Civil Veterinary Dept. Bombay admin report 1923-31 - 1923-1931
Year: 1923
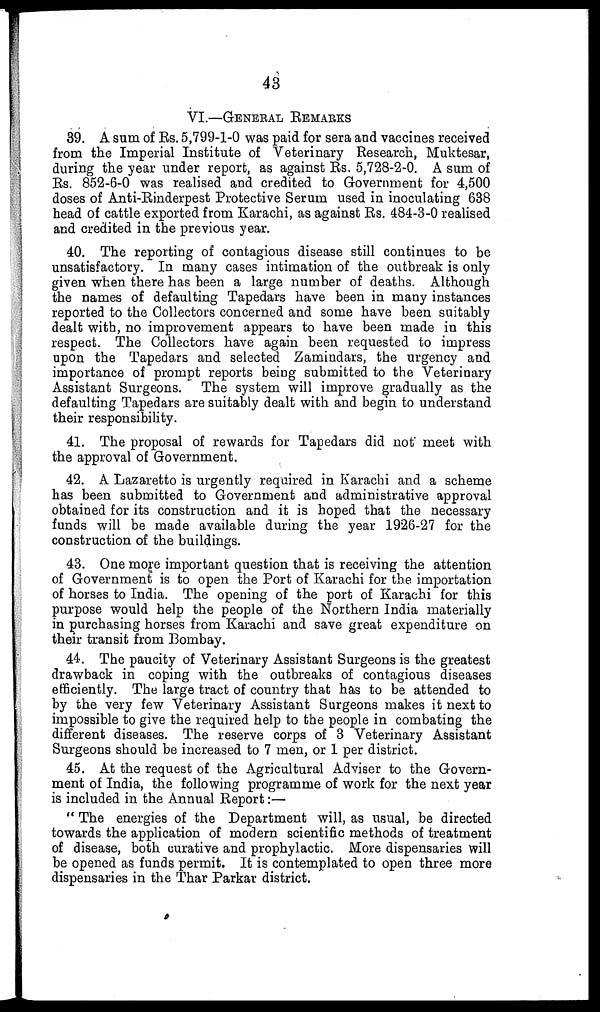
43
VI.—GENERAL REMARKS
39. A sum of Rs. 5,799-1-0 was paid for sera and vaccines received
from the Imperial Institute of Veterinary Research, Muktesar,
during the year under report, as against Rs. 5,728-2-0. A sum of
Rs. 852-6-0 was realised and credited to Government for 4,500
doses of Anti-Rinderpest Protective Serum used in inoculating 638
head of cattle exported from Karachi, as against Rs. 484-3-0 realised
and credited in the previous year.
40. The reporting of contagious disease still continues to be
unsatisfactory. In many cases intimation of the outbreak is only
given when there has been a large number of deaths. Although
the names of defaulting Tapedars have been in many instances
reported to the Collectors concerned and some have been suitably
dealt with, no improvement appears to have been made in this
respect. The Collectors have again been requested to impress
upon the Tapedars and selected Zamindars, the urgency and
importance of prompt reports being submitted to the Veterinary
Assistant Surgeons. The system will improve gradually as the
defaulting Tapedars are suitably dealt with and begin to understand
their responsibility.
41. The proposal of rewards for Tapedars did not* meet with
the approval of Government.
42. A Lazaretto is urgently required in Karachi and a scheme
has been submitted to Government and administrative approval
obtained for its construction and it is hoped that the necessary
funds will be made available during the year 1926-27 for the
construction of the buildings.
43. One more important question that is receiving the attention
of Government is to open the Port of Karachi for the importation
of horses to India. The opening of the port of Karachi for this
purpose would help the people of the Northern India materially
in purchasing horses from Karachi and save great expenditure on
their transit from Bombay.
44. The paucity of Veterinary Assistant Surgeons is the greatest
drawback in coping with the outbreaks of contagious diseases
efficiently. The large tract of country that has to be attended to
by the very few Veterinary Assistant Surgeons makes it next to
impossible to give the required help to the people in combating the
different diseases. The reserve corps of 3 Veterinary Assistant
Surgeons should be increased to 7 men, or 1 per district.
45. At the request of the Agricultural Adviser to the Govern-
ment of India, the following programme of work for the next year
is included in the Annual Report :—
" The energies of the Department will, as usual, be directed
towards the application of modern scientific methods of treatment
of disease, both curative and prophylactic. More dispensaries will
be opened as funds permit. It is contemplated to open three more
dispensaries in the Thar Parkar district.